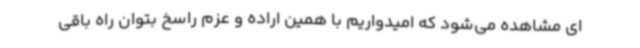
ای مشاهده می‌شود که امیدواریم با همین اراده و عزم راسخ بتوان راه باقی